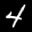
Label: 4